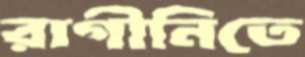
রাগীনিতে